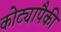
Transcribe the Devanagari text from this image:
कोट्यापैकी